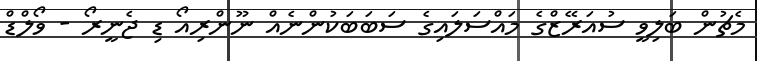
މެޗުން ބަލިވީ ސުއަރޭޒްގެ މައްސަލައިގެ ސަބަބަކުންނެއް ނޫންރިއޯ ޑި ޖެނީރޯ - ވޯލްޑް